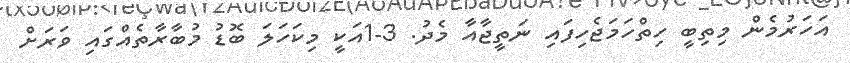
އަހަރުމެން މިތިބީ ހިތްހަމަޖެހިފައި ނަތީޖާއާ މެދު. 3-1އަކީ މިކަހަލަ ބޮޑު މުބާރާތެއްގައި ވަރަށް